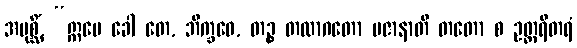
အပုစ္ဆိံ, “ဣမေ ခေါ တေ, ဘိက္ခဝေ, တဉ္စ တထာဂတော ပဇာနာတိ တတော စ ဥတ္တရိတရံ